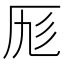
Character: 𠩇